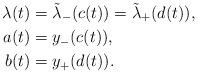
LaTeX: \begin{align*}\lambda(t) & = \tilde\lambda_-(c(t)) = \tilde\lambda_+(d(t)),\\a(t) & = y_-(c(t)),\\b(t) & = y_+(d(t)).\end{align*}